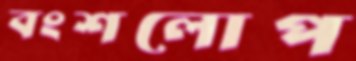
বংশলোপ